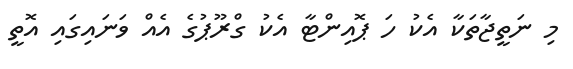
މި ނަތީޖާތަކާ އެކު ހަ ޕޮއިންޓާ އެކު ގްރޫޕުގެ އެއް ވަނައިގައި އޮތީ